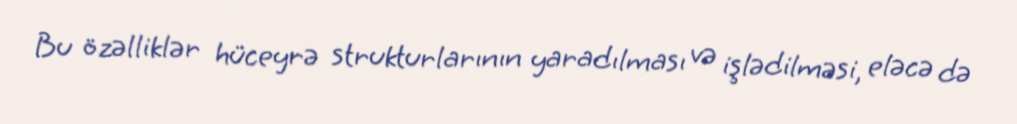
Bu özəlliklər hüceyrə strukturlarının yaradılması və işlədilməsi, eləcə də